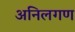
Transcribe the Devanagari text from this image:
अनिलगण